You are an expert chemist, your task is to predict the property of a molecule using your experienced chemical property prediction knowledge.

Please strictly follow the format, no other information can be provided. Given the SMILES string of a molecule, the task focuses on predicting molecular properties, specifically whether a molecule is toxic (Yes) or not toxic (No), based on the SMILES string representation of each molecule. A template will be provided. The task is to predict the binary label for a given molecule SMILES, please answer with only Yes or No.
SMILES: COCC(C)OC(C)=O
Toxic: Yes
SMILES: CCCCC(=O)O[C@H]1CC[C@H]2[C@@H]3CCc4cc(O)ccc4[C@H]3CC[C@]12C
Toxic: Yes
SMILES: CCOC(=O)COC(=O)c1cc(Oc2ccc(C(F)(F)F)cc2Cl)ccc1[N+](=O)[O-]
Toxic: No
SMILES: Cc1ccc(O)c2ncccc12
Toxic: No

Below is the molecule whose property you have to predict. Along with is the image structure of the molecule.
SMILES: C[C@]12C[C@H](O)[C@H]3[C@@H](CCC4=CC(=O)C=C[C@@]43C)[C@@H]1CC[C@]2(O)C(=O)COC(=O)CCC(=O)O
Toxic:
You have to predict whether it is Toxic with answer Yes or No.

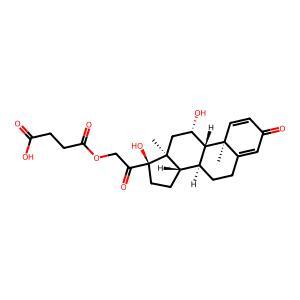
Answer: Yes